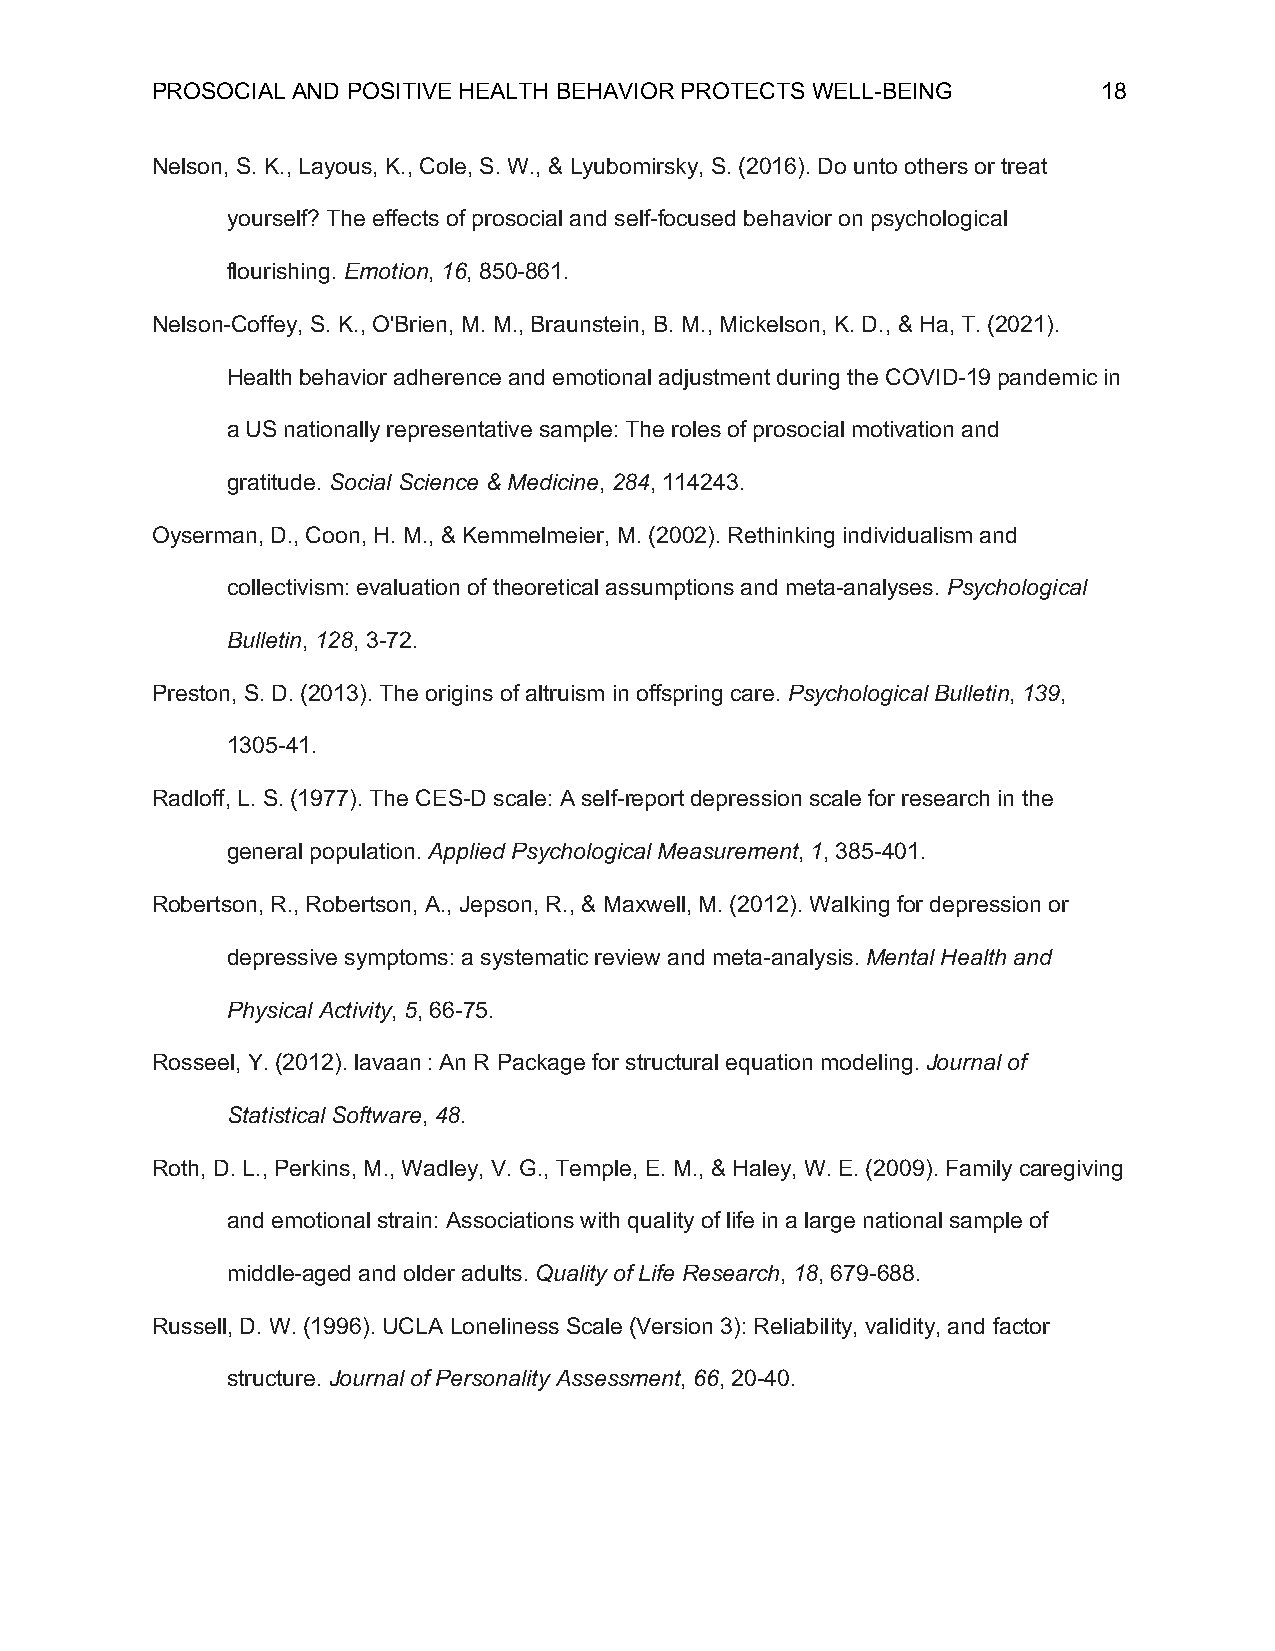
PROSOCIAL AND POSITIVE HEALTH BEHAVIOR PROTECTS WELL-BEING     18
 Nelson, S. K., Layous, K., Cole, S. W., & Lyubomirsky, S. (2016). Do unto others or treat
 yourself? The effects of prosocial and self-focused behavior on psychological
 flourishing. Emotion, 16, 850-861.
 Nelson-Coffey, S. K., O'Brien, M. M., Braunstein, B. M., Mickelson, K. D., & Ha, T. (2021).
 Health behavior adherence and emotional adjustment during the COVID-19 pandemic in
 a US nationally representative sample: The roles of prosocial motivation and
 gratitude. Social Science & Medicine, 284, 114243.
 Oyserman, D., Coon, H. M., & Kemmelmeier, M. (2002). Rethinking individualism and
 collectivism: evaluation of theoretical assumptions and meta-analyses. Psychological
 Bulletin, 128, 3-72.
 Preston, S. D. (2013). The origins of altruism in offspring care. Psychological Bulletin, 139,
 1305-41.
 Radloff, L. S. (1977). The CES-D scale: A self-report depression scale for research in the
 general population. Applied Psychological Measurement, 1, 385-401.
 Robertson, R., Robertson, A., Jepson, R., & Maxwell, M. (2012). Walking for depression or
 depressive symptoms: a systematic review and meta-analysis. Mental Health and
 Physical Activity, 5, 66-75.
 Rosseel, Y. (2012). lavaan : An R Package for structural equation modeling. Journal of
 Statistical Software, 48.
 Roth, D. L., Perkins, M., Wadley, V. G., Temple, E. M., & Haley, W. E. (2009). Family caregiving
 and emotional strain: Associations with quality of life in a large national sample of
 middle-aged and older adults. Quality of Life Research, 18, 679-688.
 Russell, D. W. (1996). UCLA Loneliness Scale (Version 3): Reliability, validity, and factor
 structure. Journal of Personality Assessment, 66, 20-40.